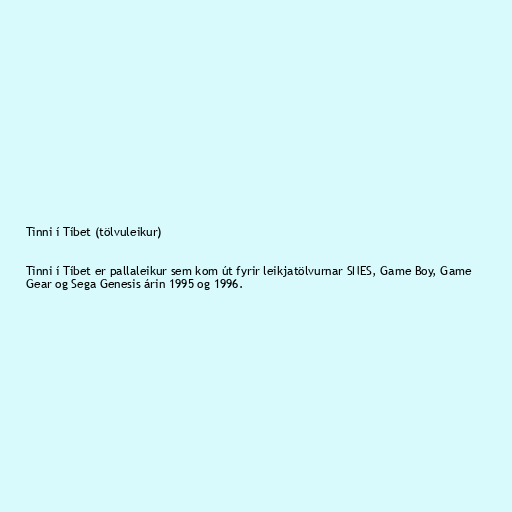
Tinni í Tíbet (tölvuleikur)

Tinni í Tíbet er pallaleikur sem kom út fyrir leikjatölvurnar SNES, Game Boy, Game
Gear og Sega Genesis árin 1995 og 1996.